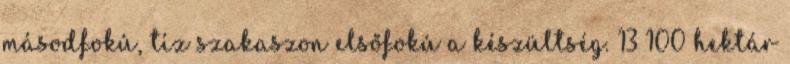
másodfokú, tíz szakaszon elsőfokú a készültség. 13 100 hektár